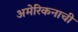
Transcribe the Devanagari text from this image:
अमेरिकनाची